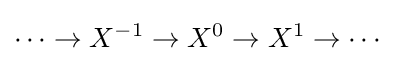
\cdots \to X^{-1}\to X^{0}\to X^{1}\to \cdots